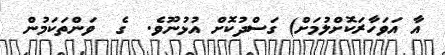
އާ އަވަހާރަކޮށްލުމަށް) ގަސްދުކޮށް އުޅުނޫވެ.  ގެ  ވަންތަކަމުން